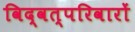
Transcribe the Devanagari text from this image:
विद्वत्परिवारों